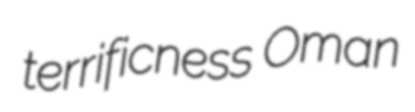
terrificness Oman